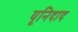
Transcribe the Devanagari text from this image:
यूनिदाद